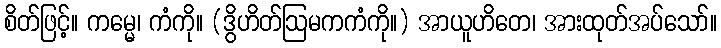
စိတ်ဖြင့်။ ကမ္မေ၊ ကံကို။ (ဒွိဟိတ်ဩမကကံကို။) အာယူဟိတေ၊ အားထုတ်အပ်သော်။